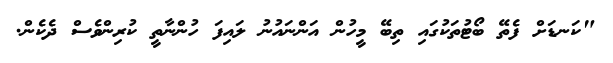
"ކަނޑަށް ފެތޭ ބޯޓުތަކުގައި ތިބޭ މީހުން އަންނައުނު ލައިފަ ހުންނާތީ ކުރިންވެސް ދެކެން.